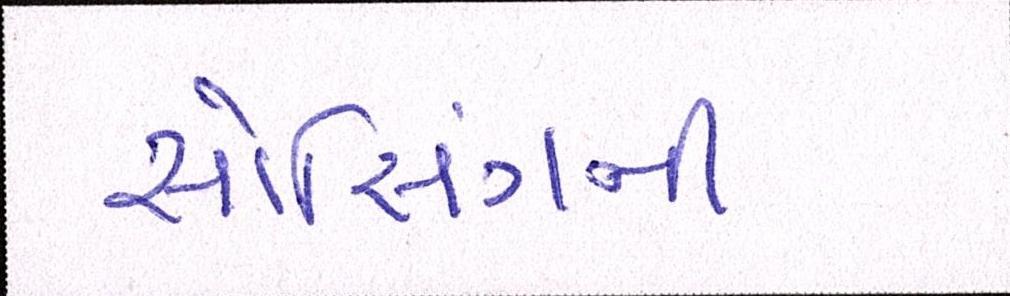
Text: સોર્સિંગની